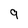
Character: 9